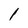
Character: l